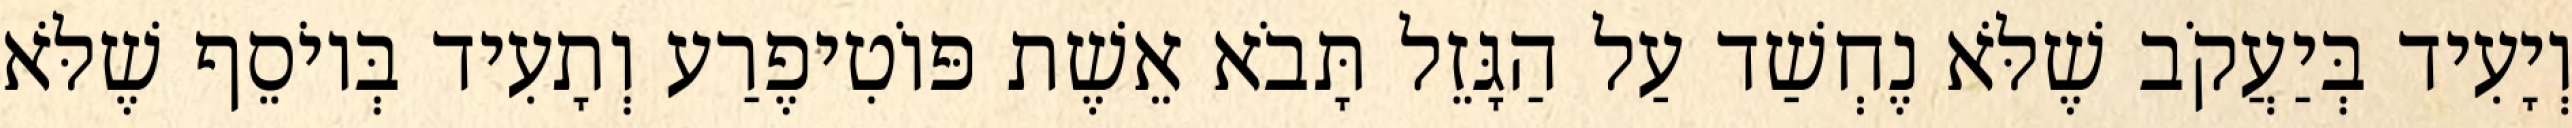
וְיָעִיד בְּיַעֲקֹב שֶׁלֹּא נֶחְשַׁד עַל הַגָּזֵל תָּבֹא אֵשֶׁת פּוֹטִיפֶרַע וְתָעִיד בְּיוֹסֵף שֶׁלֹּא